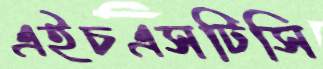
এইচএসটিসি